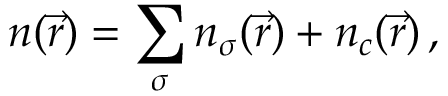
n ( \vec { r } ) = \sum _ { \sigma } n _ { \sigma } ( \vec { r } ) + n _ { c } ( \vec { r } ) \, ,